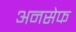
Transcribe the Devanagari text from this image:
अनसेफ